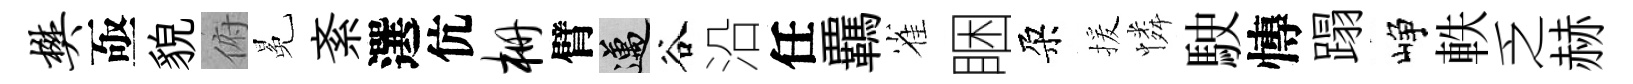
樊亟貌俯冕紊選伉栅臂邁谷沿任覊雀睏朶援憐駛慱蹋峥軼乏赫